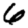
Digit: 6